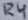
Text: R4